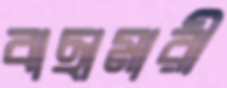
বাছামারী